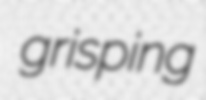
grisping